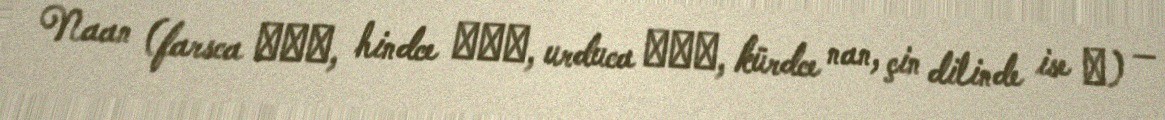
Naan (farsca نان, hindce नान, urduca نان, kürdce nan, çin dilinde ise 馕) —